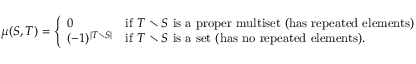
\mu ( S , T ) = { \left\{ \begin{array} { l l } { 0 } & { { \mathrm { i f ~ } } T \setminus S { \mathrm { ~ i s ~ a ~ p r o p e r ~ m u l t i s e t ~ ( h a s ~ r e p e a t e d ~ e l e m e n t s ) } } } \\ { ( - 1 ) ^ { \left| T \setminus S \right| } } & { { \mathrm { i f ~ } } T \setminus S { \mathrm { ~ i s ~ a ~ s e t ~ ( h a s ~ n o ~ r e p e a t e d ~ e l e m e n t s ) } } . } \end{array} \right. }